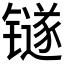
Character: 𬭼